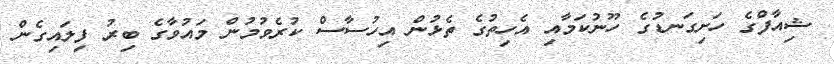
ޝިއާފްގެ ހަށިގަނޑުގެ ހޫނުކަމާއި އެހިތުގެ ތެޅުން އިހުސާސް ކުރެވުމުން މައުވާގެ ބިރު ފިލައިގެން